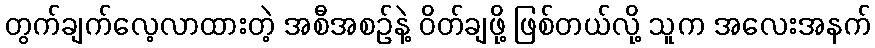
တွက်ချက်လေ့လာထားတဲ့ အစီအစဉ်နဲ့ ဝိတ်ချဖို့ ဖြစ်တယ်လို့ သူက အလေးအနက်